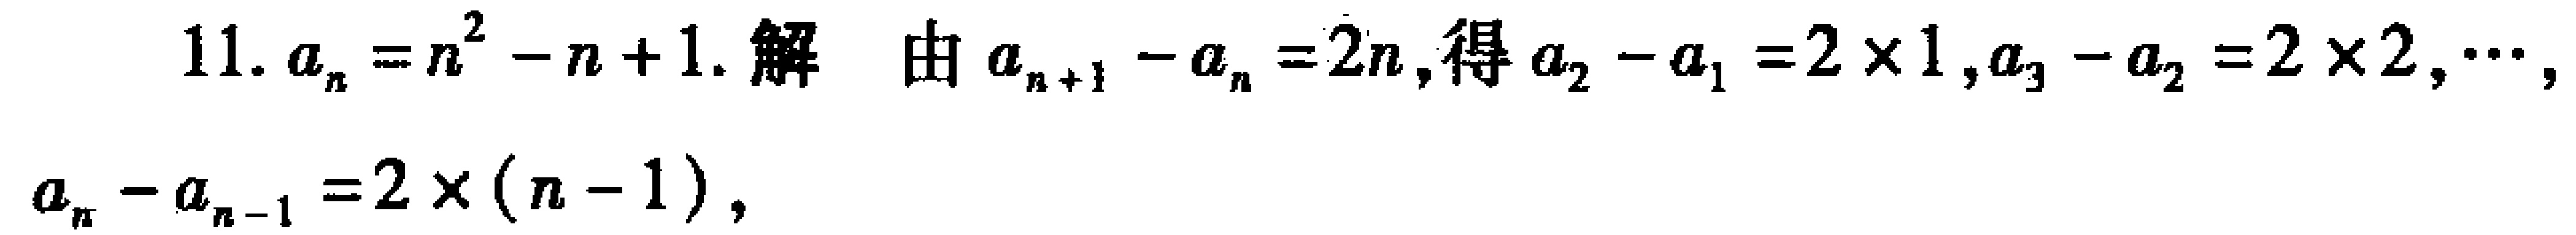
11. \(a_{n}=n^{2}-n + 1\). 解 由\(a_{n + 1}-a_{n}=2n\), 得\(a_{2}-a_{1}=2\times1\), \(a_{3}-a_{2}=2\times2\), \(\cdots\), \(a_{n}-a_{n - 1}=2\times(n - 1)\),